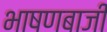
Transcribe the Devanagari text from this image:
भाषणबाजी